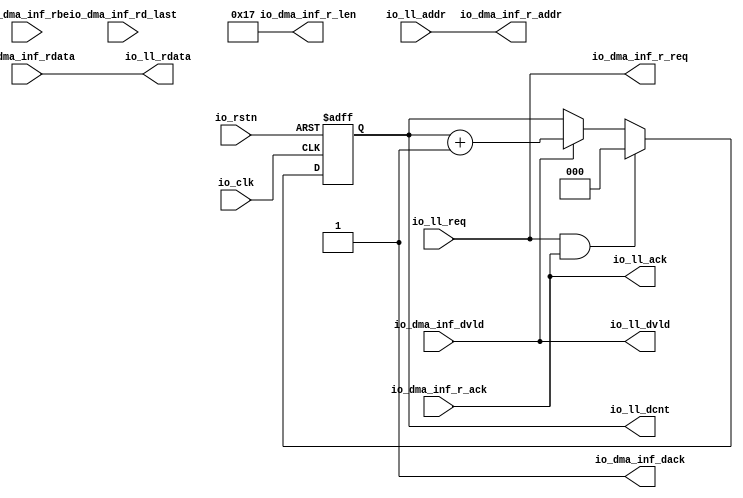
// Generator : SpinalHDL v1.7.0a    git head : 150a9b9067020722818dfb17df4a23ac712a7af8
// Component : cmd_fetch
// Git hash  : 1ada80d2d659ea5af45b334c0c8b37d14dd88650

`timescale 1ns/1ps

module cmd_fetch (
  input               io_ll_req,
  input      [31:0]   io_ll_addr,
  output              io_ll_ack,
  output              io_ll_dvld,
  output     [31:0]   io_ll_rdata,
  output     [2:0]    io_ll_dcnt,
  output              io_dma_inf_r_req,
  input               io_dma_inf_r_ack,
  output     [31:0]   io_dma_inf_r_addr,
  output     [15:0]   io_dma_inf_r_len,
  input               io_dma_inf_dvld,
  input               io_dma_inf_rd_last,
  input      [31:0]   io_dma_inf_rdata,
  input      [3:0]    io_dma_inf_rbe,
  output              io_dma_inf_dack,
  input               io_clk,
  input               io_rstn
);

  reg        [2:0]    myArea_ll_dcnt;
  wire                when_cmd_fetch_l109;

  assign io_dma_inf_r_req = io_ll_req;
  assign io_dma_inf_r_addr = io_ll_addr;
  assign io_dma_inf_r_len = 16'h0017;
  assign io_dma_inf_dack = 1'b1;
  assign io_ll_ack = io_dma_inf_r_ack;
  assign io_ll_dvld = io_dma_inf_dvld;
  assign io_ll_rdata = io_dma_inf_rdata;
  assign io_ll_dcnt = myArea_ll_dcnt;
  assign when_cmd_fetch_l109 = (io_ll_req && io_ll_ack);
  always @(posedge io_clk or negedge io_rstn) begin
    if(!io_rstn) begin
      myArea_ll_dcnt <= 3'b000;
    end else begin
      if(when_cmd_fetch_l109) begin
        myArea_ll_dcnt <= 3'b000;
      end else begin
        if(io_ll_dvld) begin
          myArea_ll_dcnt <= (myArea_ll_dcnt + 3'b001);
        end
      end
    end
  end


endmodule